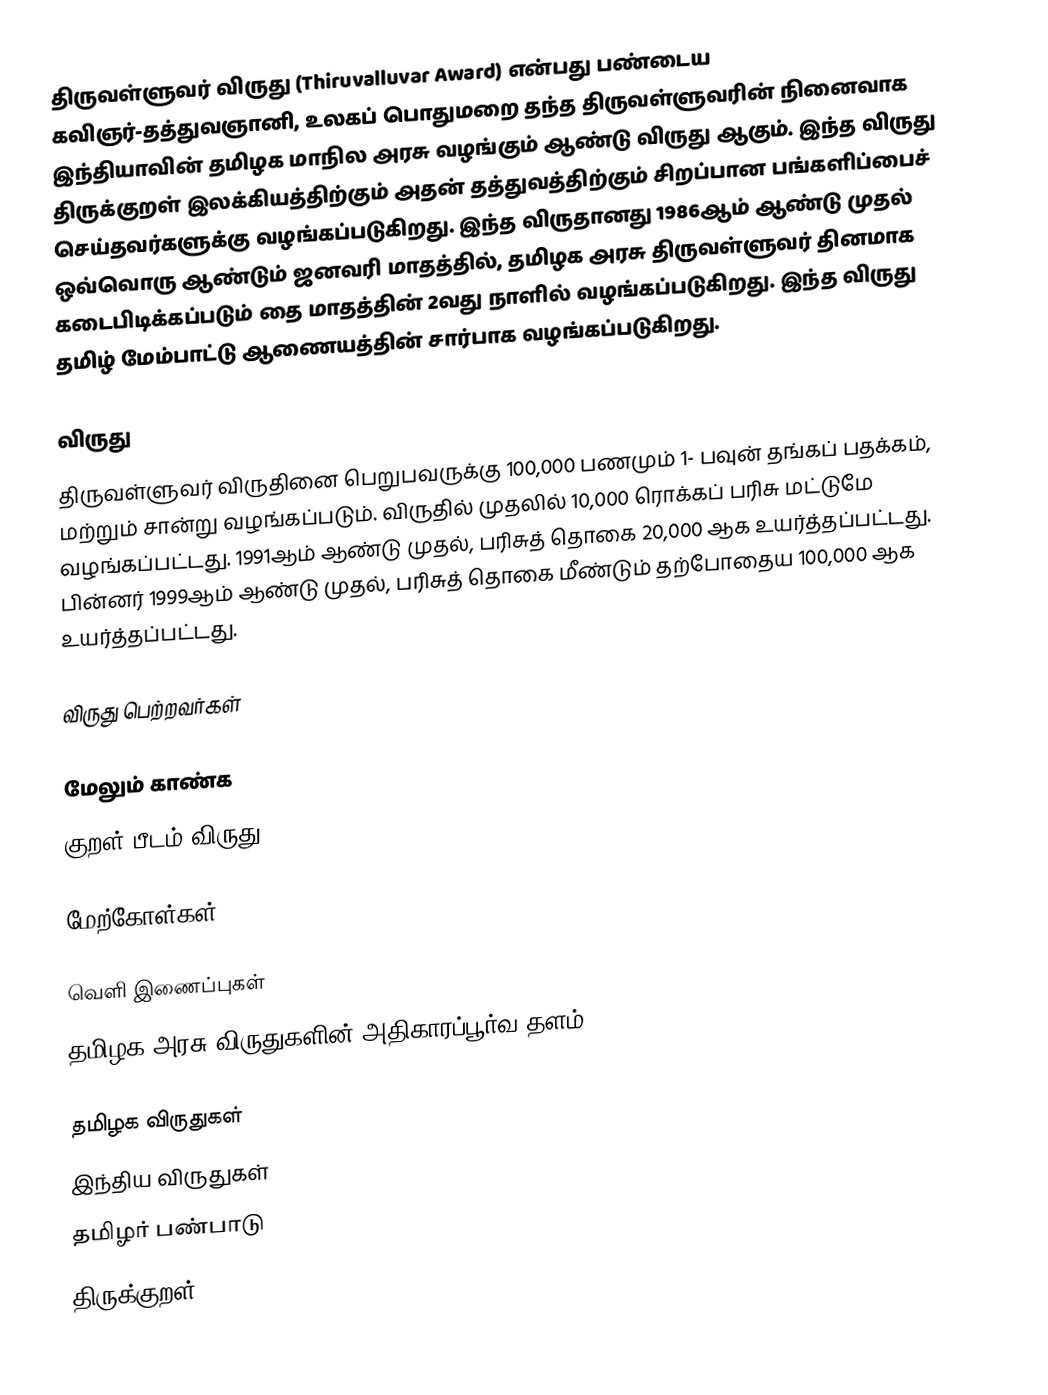
திருவள்ளுவர் விருது (Thiruvalluvar Award) என்பது பண்டைய கவிஞர்-தத்துவஞானி, உலகப் பொதுமறை தந்த திருவள்ளுவரின் நினைவாக இந்தியாவின் தமிழக மாநில அரசு வழங்கும் ஆண்டு விருது ஆகும். இந்த விருது திருக்குறள் இலக்கியத்திற்கும் அதன் தத்துவத்திற்கும் சிறப்பான பங்களிப்பைச் செய்தவர்களுக்கு வழங்கப்படுகிறது. இந்த விருதானது 1986ஆம் ஆண்டு முதல் ஒவ்வொரு ஆண்டும் ஜனவரி மாதத்தில், தமிழக அரசு திருவள்ளுவர் தினமாக கடைபிடிக்கப்படும் தை மாதத்தின் 2வது நாளில் வழங்கப்படுகிறது. இந்த விருது தமிழ் மேம்பாட்டு ஆணையத்தின் சார்பாக வழங்கப்படுகிறது.

விருது
திருவள்ளுவர் விருதினை பெறுபவருக்கு  100,000  பணமும் 1- பவுன் தங்கப் பதக்கம், மற்றும் சான்று வழங்கப்படும். விருதில் முதலில்  10,000 ரொக்கப் பரிசு மட்டுமே வழங்கப்பட்டது. 1991ஆம் ஆண்டு முதல், பரிசுத் தொகை  20,000 ஆக உயர்த்தப்பட்டது. பின்னர் 1999ஆம் ஆண்டு முதல், பரிசுத் தொகை மீண்டும் தற்போதைய  100,000 ஆக உயர்த்தப்பட்டது.

விருது பெற்றவர்கள்

மேலும் காண்க
 குறள் பீடம் விருது

மேற்கோள்கள்

வெளி இணைப்புகள்
 தமிழக அரசு விருதுகளின் அதிகாரப்பூர்வ தளம்

தமிழக விருதுகள்
இந்திய விருதுகள்
தமிழர் பண்பாடு
திருக்குறள்